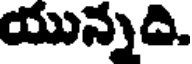
యున్నది.